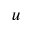
u